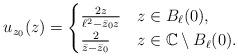
LaTeX: \begin{align*} u_{z_0}(z) = \begin{cases} \frac{2z }{\ell^2 - \bar{z}_0 z } & z \in B_{\ell}(0), \\ \frac{2}{\bar z- \bar{z}_0} & z \in \mathbb C \setminus B_{\ell}(0).\end{cases}\end{align*}